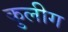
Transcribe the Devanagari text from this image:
कुलीग